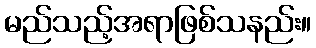
မည်သည့်အရာဖြစ်သနည်း။